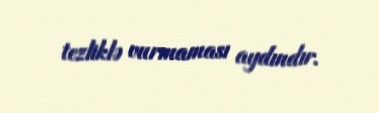
tezliklə vurmaması aydındır.